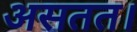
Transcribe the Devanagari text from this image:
असतत।